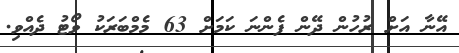
އޭނާ އަށް ރުހުން ދޭން ފެންނަ ކަމަށް 63 މެމްބަރަކު ވޯޓު ދެއްވި.